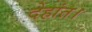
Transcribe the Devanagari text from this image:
देहांत।